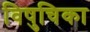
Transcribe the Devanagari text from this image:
विषुचिका